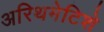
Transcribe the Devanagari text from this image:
अरिथमेटिशे